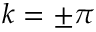
k = \pm \pi